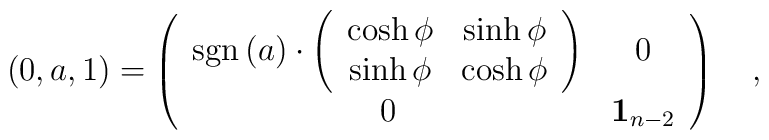
\left( 0,a,1\right) =\left( \begin{array}{cc}{\rm sgn}\left( a\right) \cdot \left( \begin{array}{cc}\cosh \phi & \sinh \phi \\ \sinh \phi & \cosh \phi \end{array}\right) & 0 \\ 0 & {\bf 1}_{n-2} \end{array}\right) \quad ,